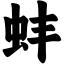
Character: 蚌